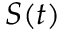
S ( t )